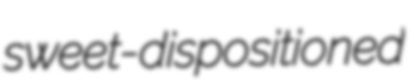
sweet-dispositioned